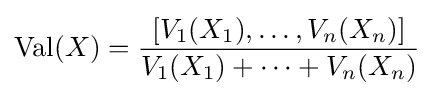
\operatorname {Val} (X)={\frac {[V_{1}(X_{1}),\dots ,V_{n}(X_{n})]}{V_{1}(X_{1})+\cdots +V_{n}(X_{n})}}